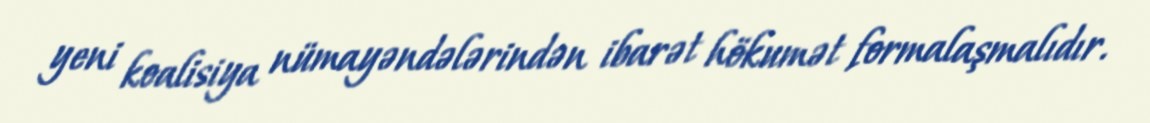
yeni koalisiya nümayəndələrindən ibarət hökumət formalaşmalıdır.